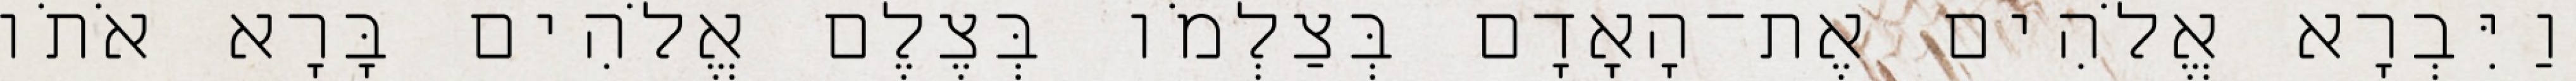
וַיִּבְרָא אֱלֹהִים אֶת־הָאָדָם בְּצַלְמֹו בְּצֶלֶם אֱלֹהִים בָּרָא אֹתֹו